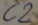
Text: C2